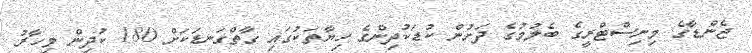
ޖެންޑާގެ މިނިސްޓްރީގެ ބެލުމުގެ ދަށުން ކުޑަކުދިންގެ ހިޔާތަކުގައި ގާތްގަނޑަކަށް 180 ކުދިން މިހާރު